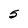
Character: 5